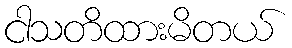
ငါသတိထားမိတယ်